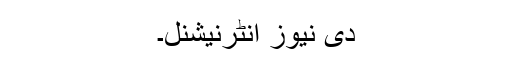
دی نیوز انٹرنیشنل۔